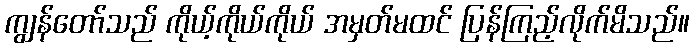
ကျွန်တော်သည် ကိုယ့်ကိုယ်ကိုယ် အမှတ်မထင် ပြန်ကြည့်လိုက်မိသည်။